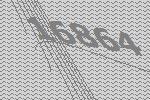
16864